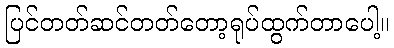
ပြင်တတ်ဆင်တတ်တော့ရုပ်ထွက်တာပေါ့။